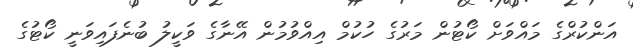
އަންކުރްގެ މައްވަށް ކޯޓުން މަރުގެ ހުކުމް އިއްވުމުން އޭނާގެ ވަކީލު ބުނެފައިވަނީ ކޯޓުގެ